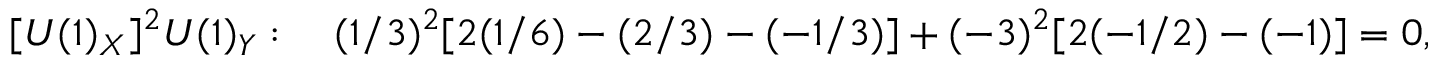
[ U ( 1 ) _ { X } ] ^ { 2 } U ( 1 ) _ { Y } : ~ ~ ~ ( 1 / 3 ) ^ { 2 } [ 2 ( 1 / 6 ) - ( 2 / 3 ) - ( - 1 / 3 ) ] + ( - 3 ) ^ { 2 } [ 2 ( - 1 / 2 ) - ( - 1 ) ] = 0 ,